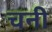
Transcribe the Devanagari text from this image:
चनी